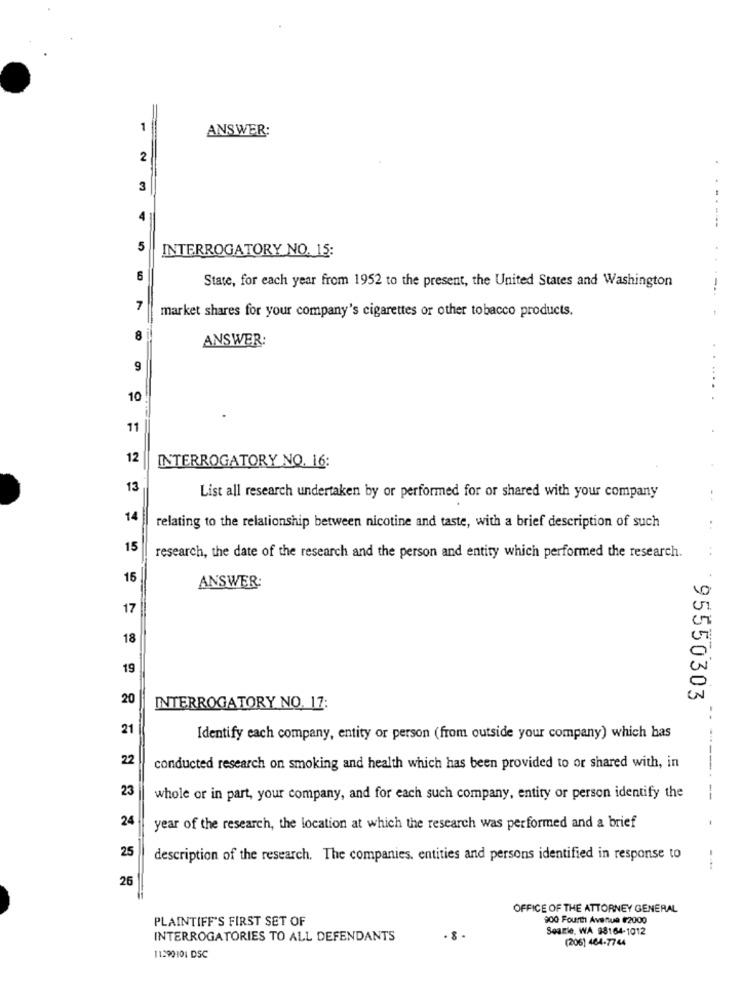
1
ANSWER:
2
3
4
5
INTERROGATORY NO. 15:
6
State, for each year from 1952 to the present, the United States and Washington
7
market shares for your company's cigarettes or other tobacco products.
8
ANSWER:
9
10
...
11
12
INTERROGATORY NO. 16:
13
List all research undertaken by or performed for or shared with your company
..
14
relating to the relationship between nicotine and taste, with a brief description of such
15
research, the date of the research and the person and entity which performed the research.
16
ANSWER:
17
18
19
20
95550303
INTERROGATORY NO. 17:
21
Identify each company, entity or person (from outside your company) which has
22
conducted research on smoking and health which has been provided to or shared with, in
23
whole or in part, your company, and for each such company, entity or person identify the
-
24
year of the research, the location at which the research was performed and a brief
25
description of the research. The companies. entities and persons identified in response to
25
OFFICE OF THE ATTORNEY GENERAL
PLAINTIFF'S FIRST SET OF
900 Fourth Avenue #2000
Seattle, WA 98164-1012
INTERROGATORIES TO ALL DEFENDANTS
(206) 464-7744
11290101 DSC